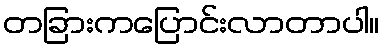
တခြားကပြောင်းလာတာပါ။